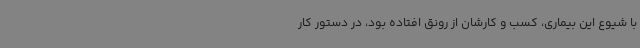
با شیوع این بیماری، کسب و کارشان از رونق افتاده بود، در دستور کار